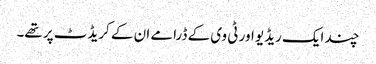
چند ایک ریڈیو اور ٹی وی کے ڈرامے ان کے کریڈٹ پر تھے۔